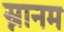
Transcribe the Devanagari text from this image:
स्नानम